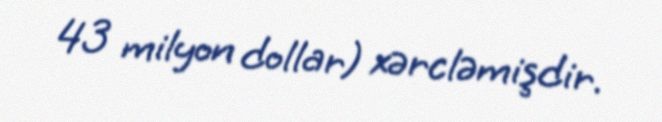
43 milyon dollar) xərcləmişdir.